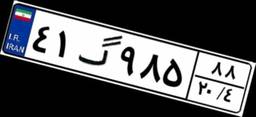
۴۷گ۴۲۸۴۹